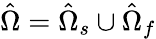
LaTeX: \hat{\Omega}=\hat{\Omega}_{s}\cup\hat{\Omega}_{f}